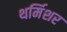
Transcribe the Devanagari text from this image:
थर्मिशर